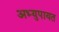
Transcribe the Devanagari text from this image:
अभ्युपायत